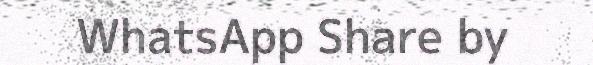
WhatsApp Share by